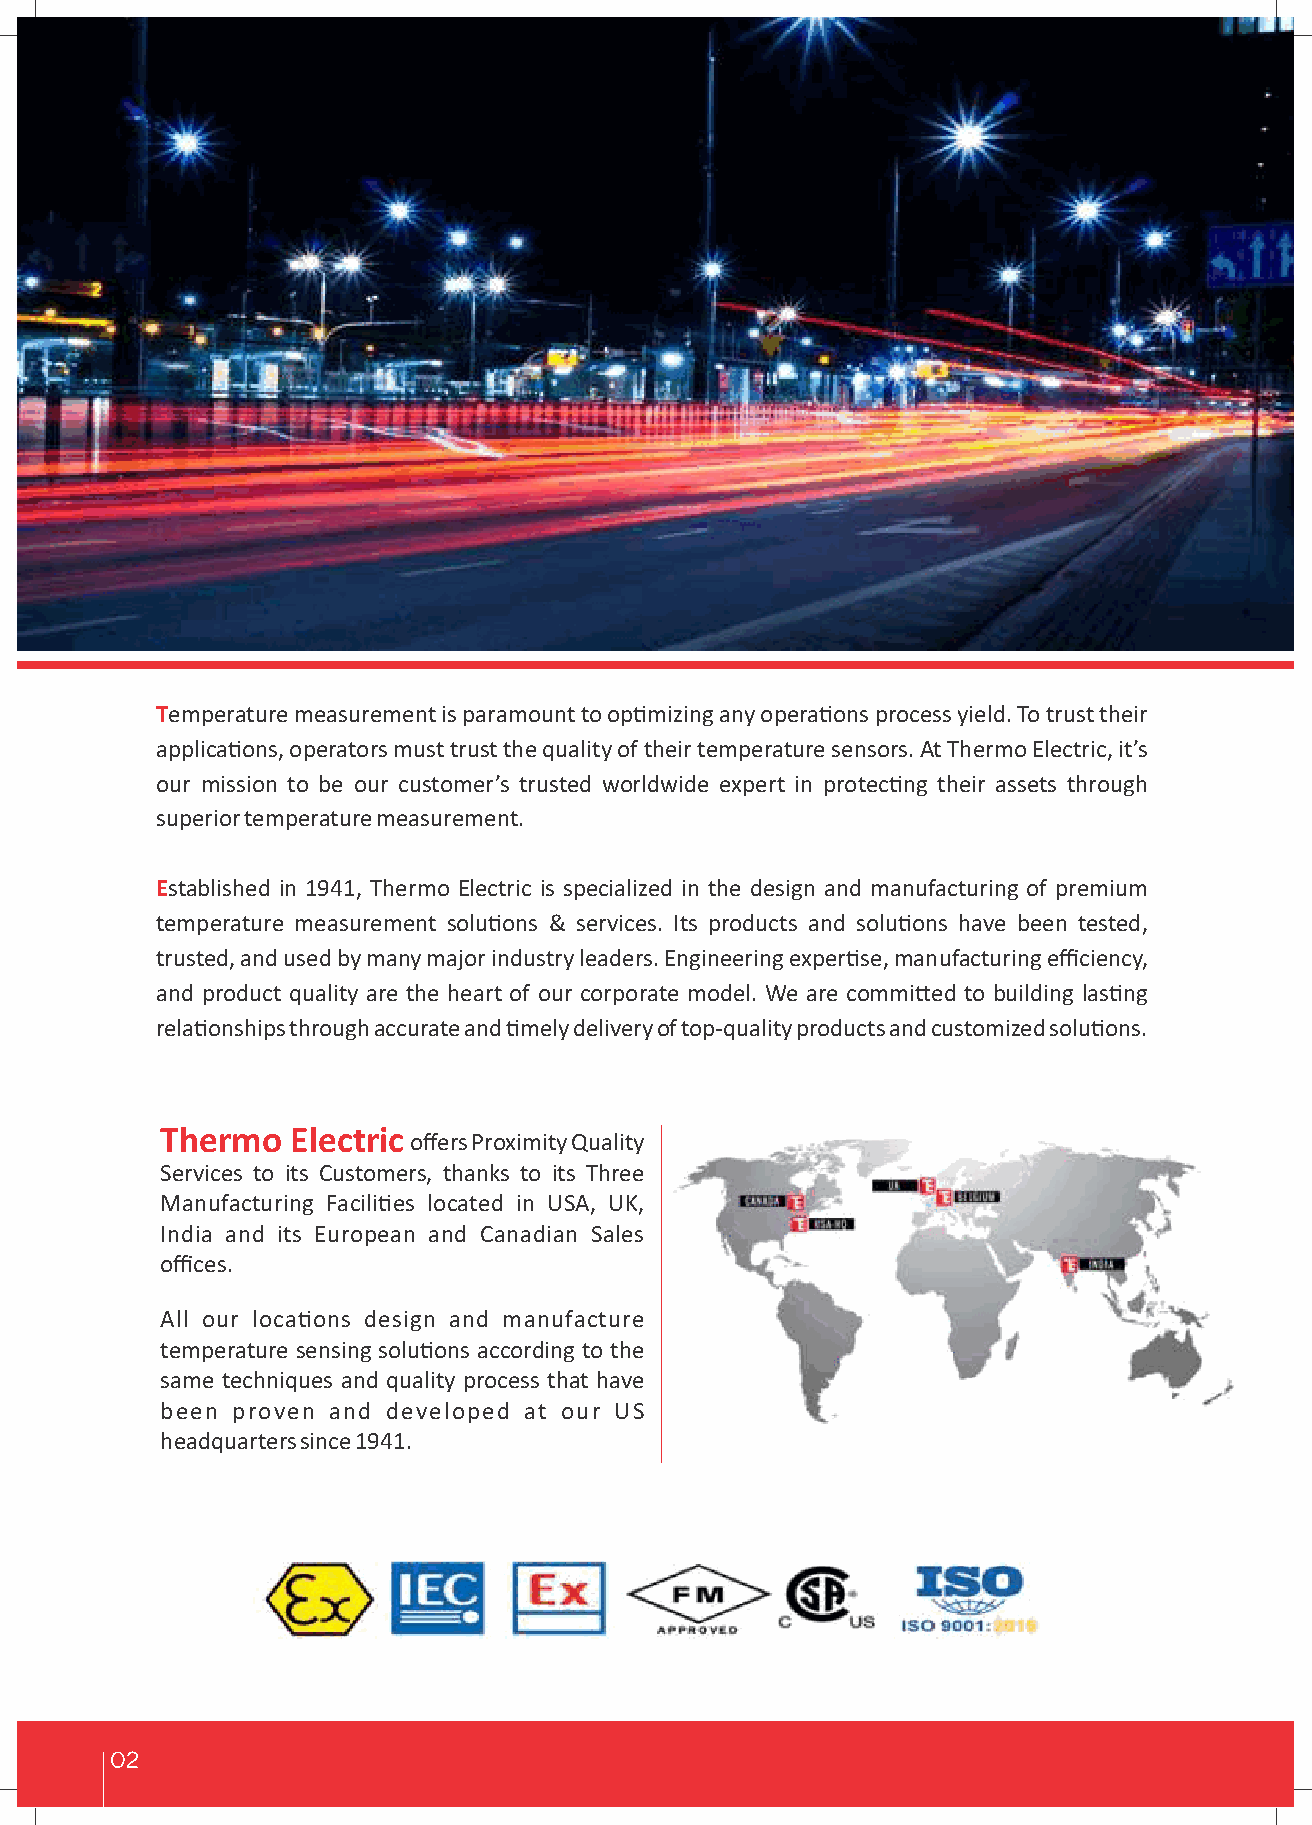
Temperature measurement is paramount to opmizing any operaons process yield. To trust their
 applicaons, operators must trust the quality of their temperature sensors. At Thermo Electric, it’s
 our mission to be our customer’s trusted worldwide expert in protecng their assets through
 superior temperature measurement.
 Established in 1941, Thermo Electric is specialized in the design and manufacturing of premium
 temperature measurement soluons & services. Its products and soluons have been tested,
 trusted, and used by many major industry leaders. Engineering experse, manufacturing efficiency,
 and product quality are the heart of our corporate model. We are commied to building lasng
 relaonships through accurate and mely delivery of top-quality products and customized soluons.
 Thermo  Electric
 offers Proximity Quality
 Services to its Customers, thanks to its Three
 Manufacturing Facilies located in USA, UK,
 India and its European and Canadian Sales
 offices.
 All our locaons design and manufacture
 temperature sensing soluons according to the
 same techniques and quality process that have
 been proven and developed at our US
 headquarters since 1941.
 02